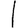
Digit: 1